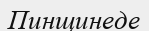
Пинщинеде